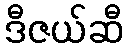
ဒီဇယ်ဆီ